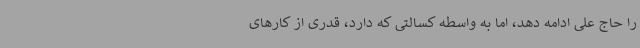
را حاج علی ادامه دهد، اما به واسطه کسالتی که دارد، قدری از کارهای